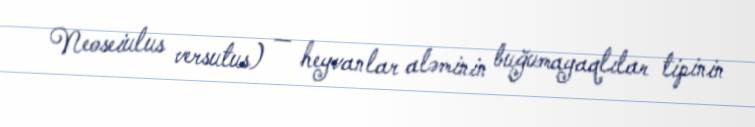
Neoseiulus versutus) — heyvanlar aləminin buğumayaqlılar tipinin